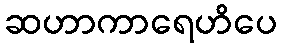
ဆဟာကာရေဟိပေ